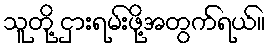
သူတို့ ငှားရမ်းဖို့အတွက်ရယ်။